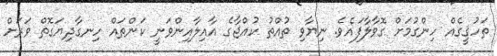
ތަހުޤީގެއް ހިންގުމަށް ގޮވާލާފައެވެ. ނިޔާވި ތުއްތު ކުއްޖާގެ އާއިލާއިންވަނީ ކަންތައް ހިނގާދިޔަގޮތް ވަރަށް